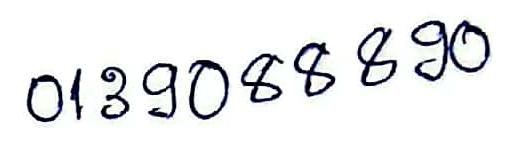
0139088890